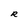
Character: R